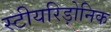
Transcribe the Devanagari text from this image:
स्टीयरिड़ोनिक